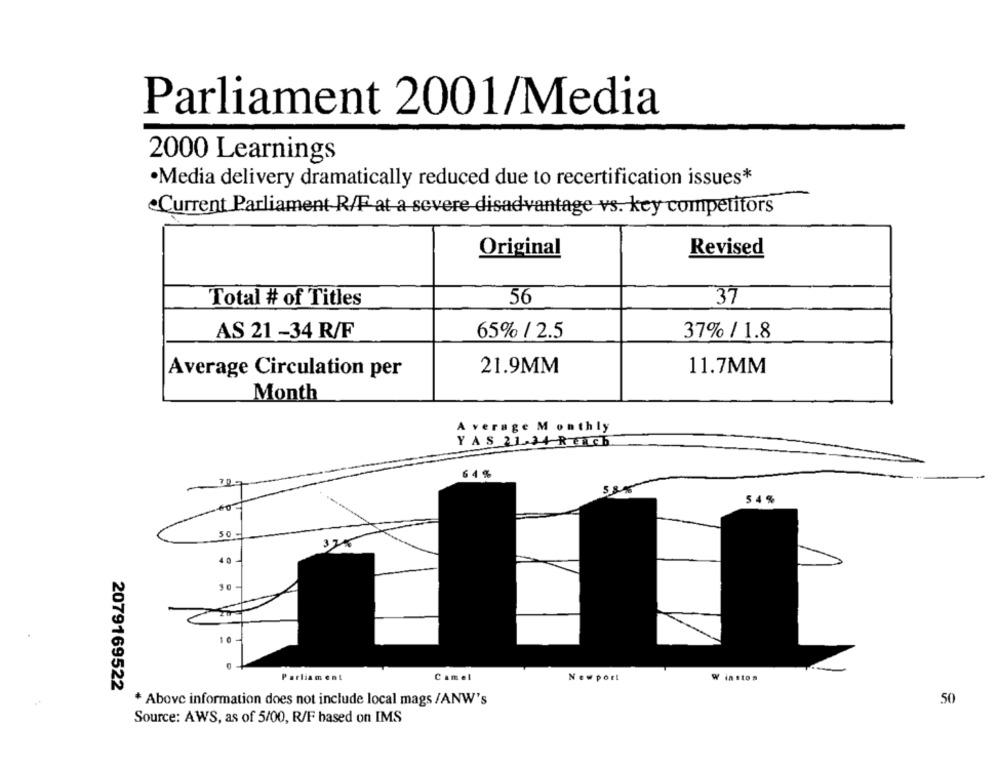
Parliament 2001/Media
2000 Learnings
·Media delivery dramatically reduced due to recertification issues*
Current Parliament R/F at a severe disadvantage vs. key competitors
Original
Revised
Total # of Titles
56
37
AS 21 -34 R/F
65% / 2.5
37% / 1.8
Average Circulation per
21.9MM
11.7MM
Month
Average Monthly
YAS 21-34 RENCE
64%
54%
50
375
Parliament
Camel
Newport
W insto.
2079169522
* Above information does not include local mags /ANW's
50
Source: AWS, as of 5/00, R/F based on IMS